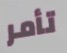
تأمر